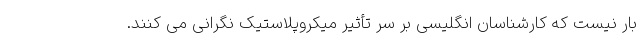
بار نیست که کارشناسان انگلیسی بر سر تأثیر میکروپلاستیک نگرانی می کنند.